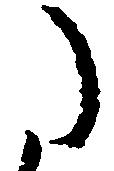
た